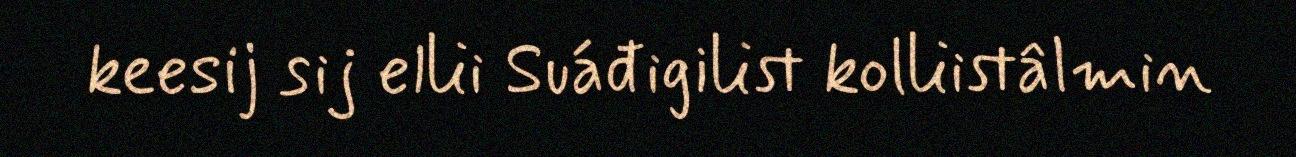
keesij sij ellii Suáđigilist kolliistâlmin